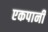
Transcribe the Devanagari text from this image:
एकपानी